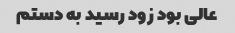
عالى بود زود رسید به دستم